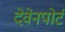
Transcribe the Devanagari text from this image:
देवेनपोर्ट